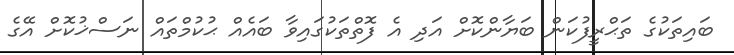
ބައިތަކުގެ ތަޙްރީފުކަން ބަޔާންކޮށް އަދި އެ ފޮތްތަކުގައިވާ ބައެއް ޙުކުމްތައް ނަސްޚުކޮށް އޭގެ